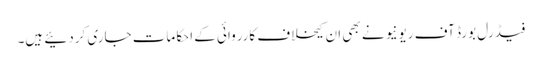
فیڈرل بورڈ آف ریونیو نے بھی ان کیخلاف کارروائی کے احکامات جاری کردئیے ہیں۔